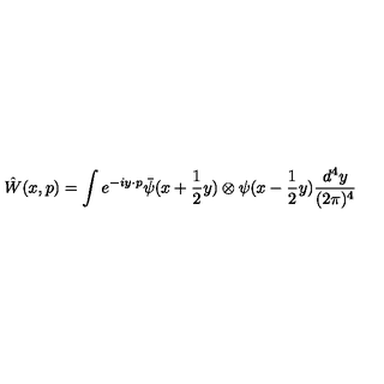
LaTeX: \hat { W } ( x , p ) = \int e ^ { - i y \cdot p } \bar { \psi } ( x + \frac { 1 } { 2 } y ) \otimes \psi ( x - \frac { 1 } { 2 } y ) \frac { d ^ { 4 } y } { ( 2 \pi ) ^ { 4 } }